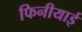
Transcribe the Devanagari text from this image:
फिनीयाई